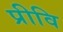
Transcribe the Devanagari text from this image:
प्रीवि